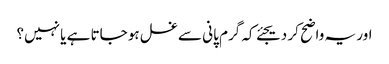
اور یہ واضح کر دیجئے کہ گرم پانی سے غسل ہو جاتا ہے یا نہیں؟